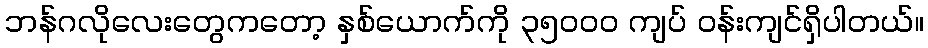
ဘန်ဂလိုလေးတွေကတော့ နှစ်ယောက်ကို ၃၅၀၀၀ ကျပ် ဝန်းကျင်ရှိပါတယ်။